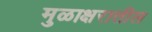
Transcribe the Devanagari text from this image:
मुळाक्षरातील